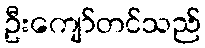
ဦးကျော်တင်သည်